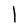
Character: l